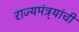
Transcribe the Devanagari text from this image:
राज्यमंत्र्यांची